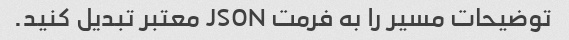
توضیحات مسیر را به فرمت JSON معتبر تبدیل کنید.